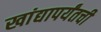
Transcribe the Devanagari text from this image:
खांद्यापर्यंतची